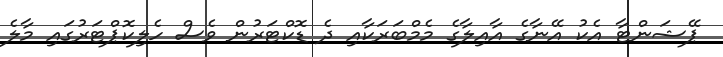
ޕޭޝަންޓާ އެކު އޭނާގެ އާއިލާގެ މެމްބަރަކާއި ދެ ޑޮކްޓަރުން ވެސް ހެލިކޮޕްޓަރުގައި މާލެ